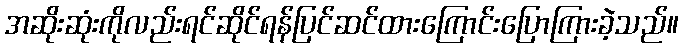
အဆိုးဆုံးကိုလည်းရင်ဆိုင်ရန်ပြင်ဆင်ထားကြောင်းပြောကြားခဲ့သည်။